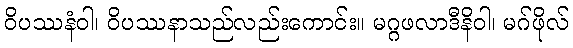
ဝိပဿနံဝါ၊ ဝိပဿနာသည်လည်းကောင်း။ မဂ္ဂဖလာဒီနိဝါ၊ မဂ်ဖိုလ်